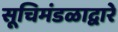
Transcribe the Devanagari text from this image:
सूचिमंडळाद्वारे